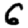
Digit: 6